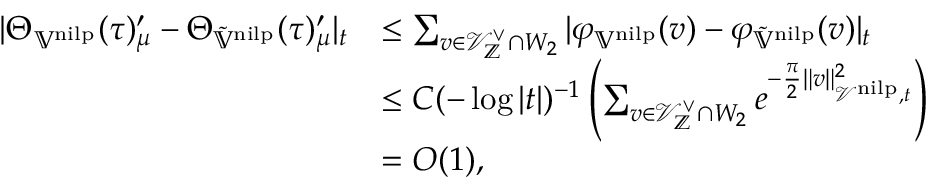
\begin{array} { r l } { | \Theta _ { \mathbb { V } ^ { \mathrm { n i l p } } } ( \tau ) _ { \mu } ^ { \prime } - \Theta _ { \tilde { \mathbb { V } } ^ { \mathrm { n i l p } } } ( \tau ) _ { \mu } ^ { \prime } | _ { t } } & { \leq \sum _ { v \in \mathcal { V } _ { \mathbb { Z } } ^ { \vee } \cap W _ { 2 } } | \varphi _ { \mathbb { V } ^ { \mathrm { n i l p } } } ( v ) - \varphi _ { \tilde { \mathbb { V } } ^ { \mathrm { n i l p } } } ( v ) | _ { t } } \\ & { \leq C ( - \log | t | ) ^ { - 1 } \left( \sum _ { v \in \mathcal { V } _ { \mathbb { Z } } ^ { \vee } \cap W _ { 2 } } e ^ { - \frac { \pi } { 2 } \| v \| _ { \mathcal { V } ^ { \mathrm { n i l p } } , t } ^ { 2 } } \right) } \\ & { = O ( 1 ) , } \end{array}